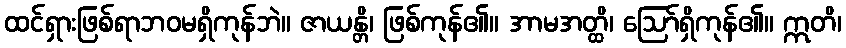
ထင်ရှားဖြစ်ရာဘဝမရှိကုန်ဘဲ။ ဇာယန္တိ၊ ဖြစ်ကုန်၏။ အာမအတ္ထိ၊ ဩော်ရှိကုန်၏။ ဣတိ၊